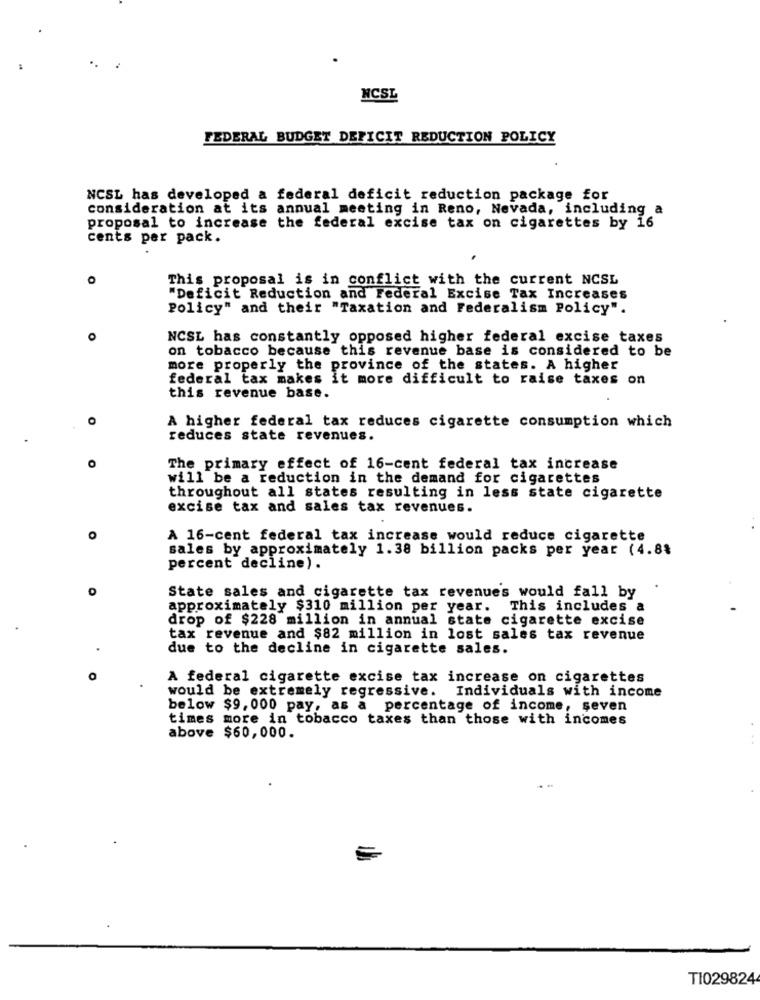
NCSL
FEDERAL BUDGET DEFICIT REDUCTION POLICY
NCSL has developed a federal deficit reduction package for
consideration at its annual meeting in Reno, Nevada, including a
proposal to increase the federal excise tax on cigarettes by 16
cents per pack.
This proposal is in conflict with the current NCSL
"Deficit Reduction and Federal Excise Tax Increases
Policy" and their "Taxation and Federalism Policy".
O
NCSL has constantly opposed higher federal excise taxes
on tobacco because this revenue base is considered to be
more properly the province of the states. A higher
federal tax makes it more difficult to raise taxes on
this revenue base.
O
A higher federal tax reduces cigarette consumption which
.
reduces state revenues.
The primary effect of 16-cent federal tax increase
will be a reduction in the demand for cigarettes
throughout all states resulting in less state cigarette
excise tax and sales tax revenues.
A 16-cent federal tax increase would reduce cigarette
sales by approximately 1.38 billion packs per year (4.84
percent decline).
0
State sales and cigarette tax revenues would fall by
approximately $310 million per year.
This includes a
drop of $228 million in annual state cigarette excise
.
tax revenue and $82 million in lost sales tax revenue
due to the decline in cigarette sales.
A federal cigarette excise tax increase on cigarettes
would be extremely regressive. Individuals with income
below $9,000 pay, as a percentage of income, seven
times more in tobacco taxes than those with incomes
above $60,000.
TI029824